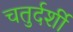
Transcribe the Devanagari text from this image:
चतुर्दर्शी